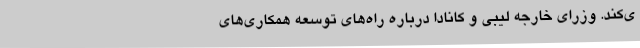
ی‌کند. وزرای خارجه لیبی و کانادا درباره راه‌های توسعه همکاری‌های